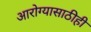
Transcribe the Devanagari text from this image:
आरोग्यासाठीही